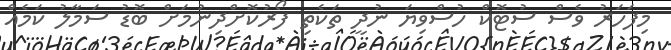
މިފަހަރު ވެސް ސުޓޮކް ހުސްވިޔަ ނުދީ ތަކެތި ފޯރުކޮށްދިނުމަށް ބޮޑު ސަމާލު ކަމެއް